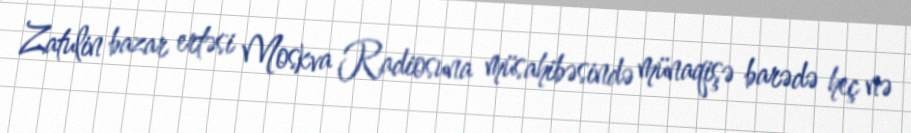
Zatulin bazar ertəsi Moskva Radiosuna müsahibəsində münaqişə barədə heç nə